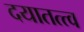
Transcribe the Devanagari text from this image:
दयातत्त्व